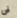
فى